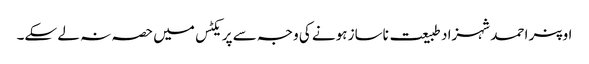
اوپنر احمد شہزاد طبیعت ناساز ہونے کی وجہ سے پریکٹس میں حصہ نہ لے سکے۔